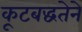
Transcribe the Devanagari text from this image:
कूटबद्धतेने